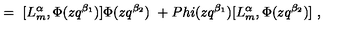
= \ [ L _ { m } ^ { \alpha } , \Phi ( z q ^ { \beta _ { 1 } } ) ] \Phi ( z q ^ { \beta _ { 2 } } ) \ + P h i ( z q ^ { \beta _ { 1 } } ) [ L _ { m } ^ { \alpha } , \Phi ( z q ^ { \beta _ { 2 } } ) ] \ ,